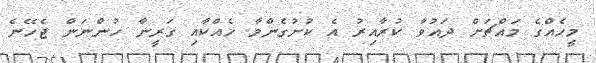
މީހެއްގެ މައްޗަށް ދައުވާ ކުރާއިރު އެ ކުށުގެންވާ ހެއްކާއި ގަރީނާ ހުންނަން ޖެހޭނެ